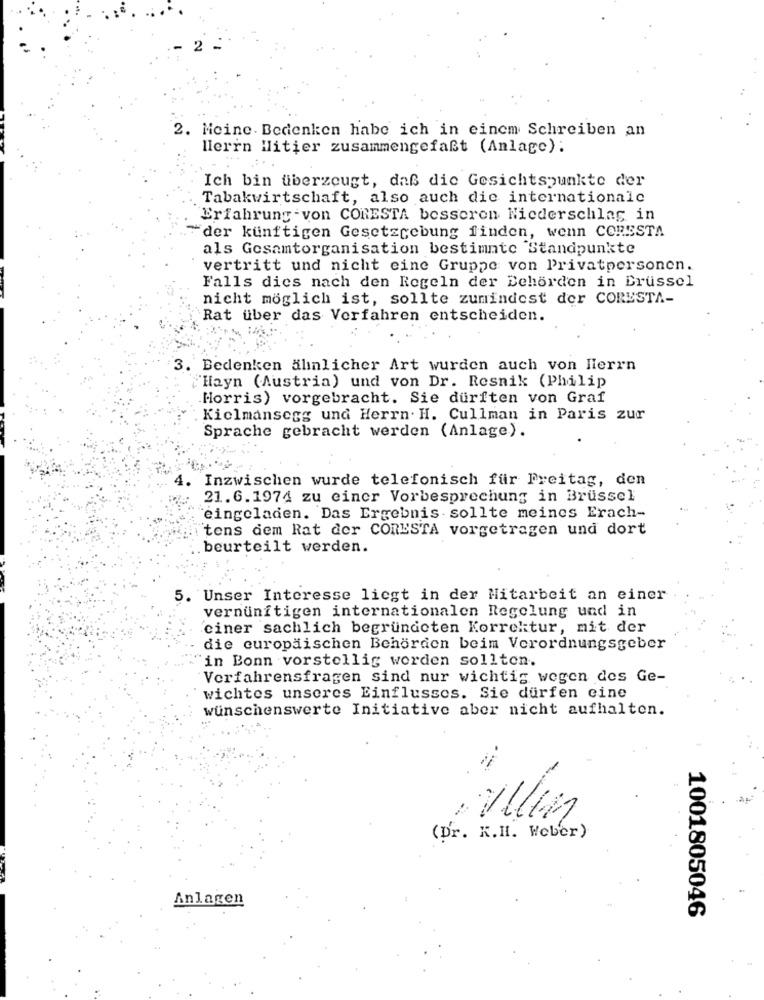
2
2. Meine. Bedenken habe ich in einem Schreiben an
lierrn ilitier zusammengefaßt (Anlage):
Ich bin überzeugt, daß die Gesichtspunkte der
Tabakwirtschaft, also auch die internationale
Erfahrung -von CORESTA besseren Niederschlag in
"der künftigen Gesetzgebung finden, wenn CORESTA
als Gesamtorganisation bestimmte Standpunkte
vertritt und nicht eine Gruppe von Privatpersonen.
Falls dies nach den Regeln der Behörden in Brussel
nicht möglich ist, sollte zumindest der CORESTA-
Rat über das Verfahren entscheiden.
3. Bedenken ähnlicher Art wurden auch von Herrn
"Hayn (Austria) und von Dr. Resnik (Philip
Morris) vorgebracht. Sie dürften von Graf
Kielmansegg und Herrn. H. Cullman in Paris zur
Sprache gebracht werden (Anlage).
Inzwischen wurde telefonisch für Freitag, den
21.6.1974 zu einer Vorbesprechung in Brüssel
eingeladen. Das Ergebnis sollte meines Erach-
"tens dem Rat der CORESTA vorgetragen und dort
beurteilt werden.
5. Unser Interesse liegt in der Mitarbeit an einer
vernünftigen internationalen Regelung und in
ciner sachlich begründeten Korrektur, mit der
die europäischen Behörden beim Verordnungsgeber
"in Bonn vorstellig werden sollten.
Verfahrensfragen sind nur wichtig wegen des Ge-
wichtes unseres Einflusses. Sie dürfen cine
wünschenswerte Initiative aber nicht aufhalten.
(Dr. K.H. Weber)
Anlagen
1001805046